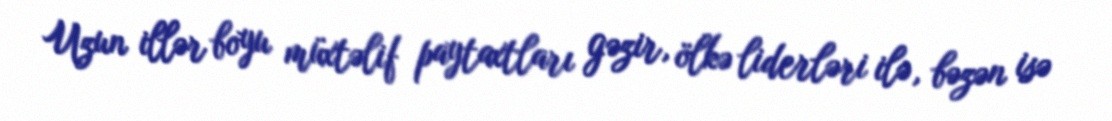
Uzun illər boyu müxtəlif paytaxtları gəzir, ölkə liderləri ilə, bəzən isə